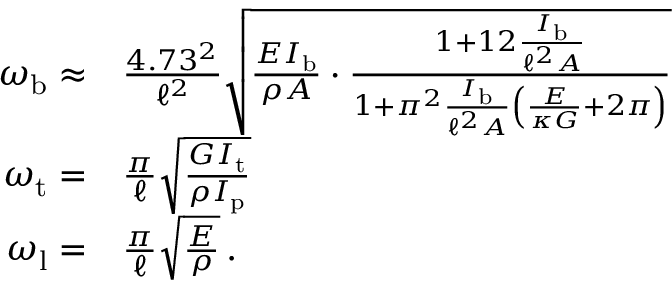
\begin{array} { r l } { \omega _ { \mathrm { b } } \approx } & { \frac { 4 . 7 3 ^ { 2 } } { \ell ^ { 2 } } \sqrt { \frac { E I _ { \mathrm { b } } } { \rho A } \cdot \frac { 1 + 1 2 \frac { I _ { \mathrm { b } } } { \ell ^ { 2 } A } } { 1 + \pi ^ { 2 } \frac { I _ { \mathrm { b } } } { \ell ^ { 2 } A } \left( \frac { E } { \kappa G } + 2 \pi \right) } } } \\ { \omega _ { \mathrm { t } } = } & { \frac { \pi } { \ell } \sqrt { \frac { G I _ { \mathrm { t } } } { \rho I _ { \mathrm { p } } } } } \\ { \omega _ { \mathrm { l } } = } & { \frac { \pi } { \ell } \sqrt { \frac { E } { \rho } } \, . } \end{array}